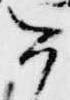
今